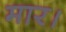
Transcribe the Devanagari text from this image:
मार।